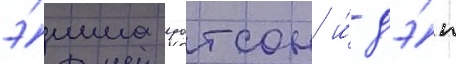
э́мма уотсон и́ дэ́н